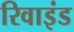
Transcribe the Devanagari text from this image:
रिवाइंड